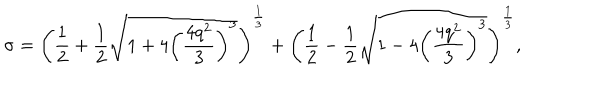
\sigma = \left( \frac 1 2 + \frac 1 2 \sqrt { 1 + 4 \left( \frac { 4 q ^ { 2 } } { 3 } \right) ^ { 3 } } \right) ^ { \frac 1 3 } + \left( \frac 1 2 - \frac 1 2 \sqrt { 1 - 4 \left( \frac { 4 q ^ { 2 } } { 3 } \right) ^ { 3 } } \right) ^ { \frac 1 3 } ,